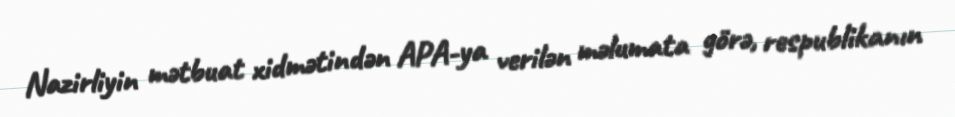
Nazirliyin mətbuat xidmətindən APA-ya verilən məlumata görə, respublikanın